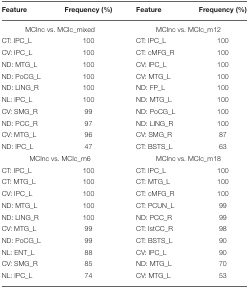
<table><thead><tr><td><b>Feature</b></td><td><b>Frequency (%)</b></td><td><b>Feature</b></td><td><b>Frequency (%)</b></td></tr></thead><tbody><tr><td colspan="2">MCInc vs. MCIc_mixed</td><td colspan="2">MCInc vs. MCIc_m12</td></tr><tr><td>CT: IPC_L</td><td>100</td><td>CT: IPC_L</td><td>100</td></tr><tr><td>CV: IPC_L</td><td>100</td><td>CT: cMFG_R</td><td>100</td></tr><tr><td>ND: MTG_L</td><td>100</td><td>CV: IPC_L</td><td>100</td></tr><tr><td>ND: PoCG_L</td><td>100</td><td>CV: MTG_L</td><td>100</td></tr><tr><td>ND: LING_R</td><td>100</td><td>ND: FP_L</td><td>100</td></tr><tr><td>NL: IPC_L</td><td>100</td><td>ND: MTG_L</td><td>100</td></tr><tr><td>CV: SMG_R</td><td>99</td><td>ND: PoCG_L</td><td>100</td></tr><tr><td>ND: PCC_R</td><td>97</td><td>ND: LING_R</td><td>100</td></tr><tr><td>CV: MTG_L</td><td>96</td><td>CV: SMG_R</td><td>87</td></tr><tr><td>ND: IPC_L</td><td>47</td><td>CT: BSTS_L</td><td>63</td></tr><tr><td colspan="2">MCInc vs. MCIc_m6</td><td colspan="2">MCInc vs. MCIc_m18</td></tr><tr><td>CT: IPC_L</td><td>100</td><td>CT: IPC_L</td><td>100</td></tr><tr><td>CT: MTG_L</td><td>100</td><td>CT: MTG_L</td><td>100</td></tr><tr><td>CV: IPC_L</td><td>100</td><td>CT: cMFG_R</td><td>100</td></tr><tr><td>ND: MTG_L</td><td>100</td><td>CT: PCUN_L</td><td>99</td></tr><tr><td>ND: LING_R</td><td>100</td><td>ND: PCC_R</td><td>99</td></tr><tr><td>CV: MTG_L</td><td>99</td><td>CT: IstCC_R</td><td>98</td></tr><tr><td>ND: PoCG_L</td><td>99</td><td>CT: BSTS_L</td><td>90</td></tr><tr><td>NL: ENT_L</td><td>88</td><td>CV: IPC_L</td><td>90</td></tr><tr><td>CV: SMG_R</td><td>85</td><td>ND: MTG_L</td><td>70</td></tr><tr><td>NL: IPC_L</td><td>74</td><td>CV: MTG_L</td><td>53</td></tr></tbody></table>